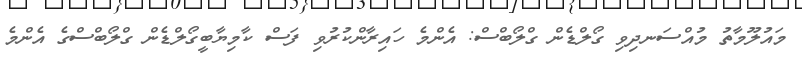
މައުލޫމާތު މުއްސަނދިވި ގޯލްޑެން ގްލޯބްސް: އެންމެ ހައިރާންކުރުވި ފަސް ކާމިޔާބީގޯލްޑެން ގްލޯބްސްގެ އެންމެ